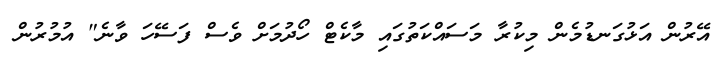
އޭރުން އަޅުގަނޑުމެން މިކުރާ މަސައްކަތުގައި މާކެޓް ހޯދުމަށް ވެސް ފަސޭހަ ވާނެ" އުމުރުން